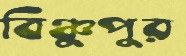
বিঞ্চুপুর